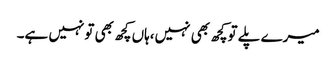
میرے پلے توکچھ بھی نہیں،ہاں کچھ بھی تونہیں ہے۔